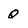
Character: Q